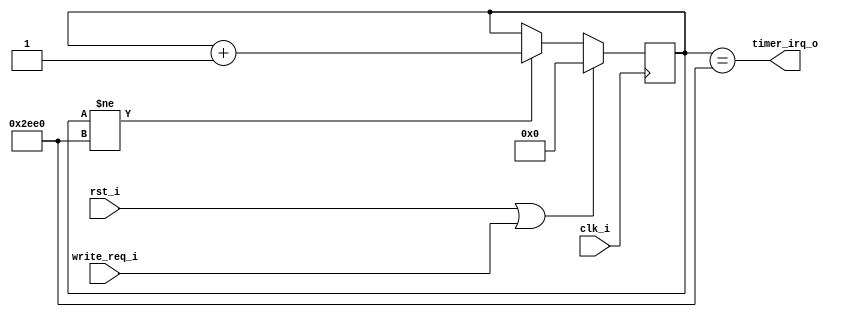
module timer (
  input  clk_i,
  input  rst_i,

  input write_req_i,

  output timer_irq_o
);

`ifndef SIM
  localparam [13:0] TICKS_PER_MS = 14'd12_000; // 12 mhz clock
`else
  localparam [13:0] TICKS_PER_MS = 14'd100;
`endif

  reg [13:0] counter;

  always @(posedge clk_i) begin
    if (rst_i || write_req_i) begin
      counter <= 14'b0;
    end else if (counter != TICKS_PER_MS) begin
      counter <= counter + 14'b1;
    end
  end

  assign timer_irq_o = counter == TICKS_PER_MS;

endmodule